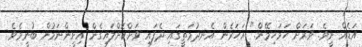
އަޑެއް ނީވެ. ވަރަށް ހަމަހިމޭން." އަހަރެން އެނދުމަތީގައި ދެފައި ވަށްކޮށްލައިގެން އިށީންނަމުން ބުނީމެވެ.